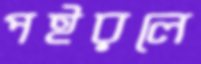
পইরলে